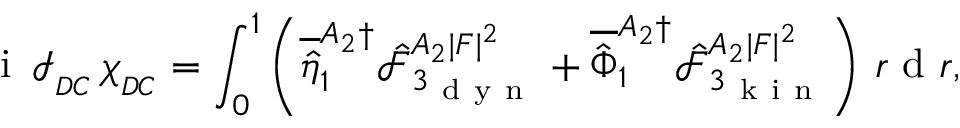
\mathrm { ~ i ~ } \, \mathcal { I } _ { _ { D C } } \, \chi _ { _ { D C } } = \int _ { 0 } ^ { 1 } \left( \overline { { \hat { \eta } } } _ { 1 } ^ { A _ { 2 } \dagger } \hat { \mathcal { F } } _ { 3 _ { \mathrm { ~ d ~ y ~ n ~ } } } ^ { A _ { 2 } | F | ^ { 2 } } + \overline { { \hat { \Phi } } } _ { 1 } ^ { A _ { 2 } \dagger } \hat { \mathcal { F } } _ { 3 _ { \mathrm { ~ k ~ i ~ n ~ } } } ^ { A _ { 2 } | F | ^ { 2 } } \right) \, r \mathrm { ~ d ~ } r ,